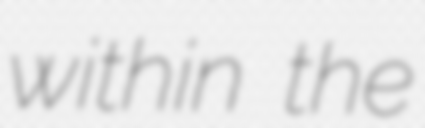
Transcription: within the